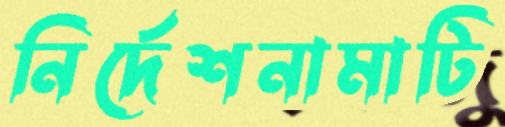
নির্দেশনামাটি